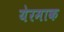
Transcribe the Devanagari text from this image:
येरमाक